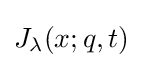
J_{\lambda }(x;q,t)